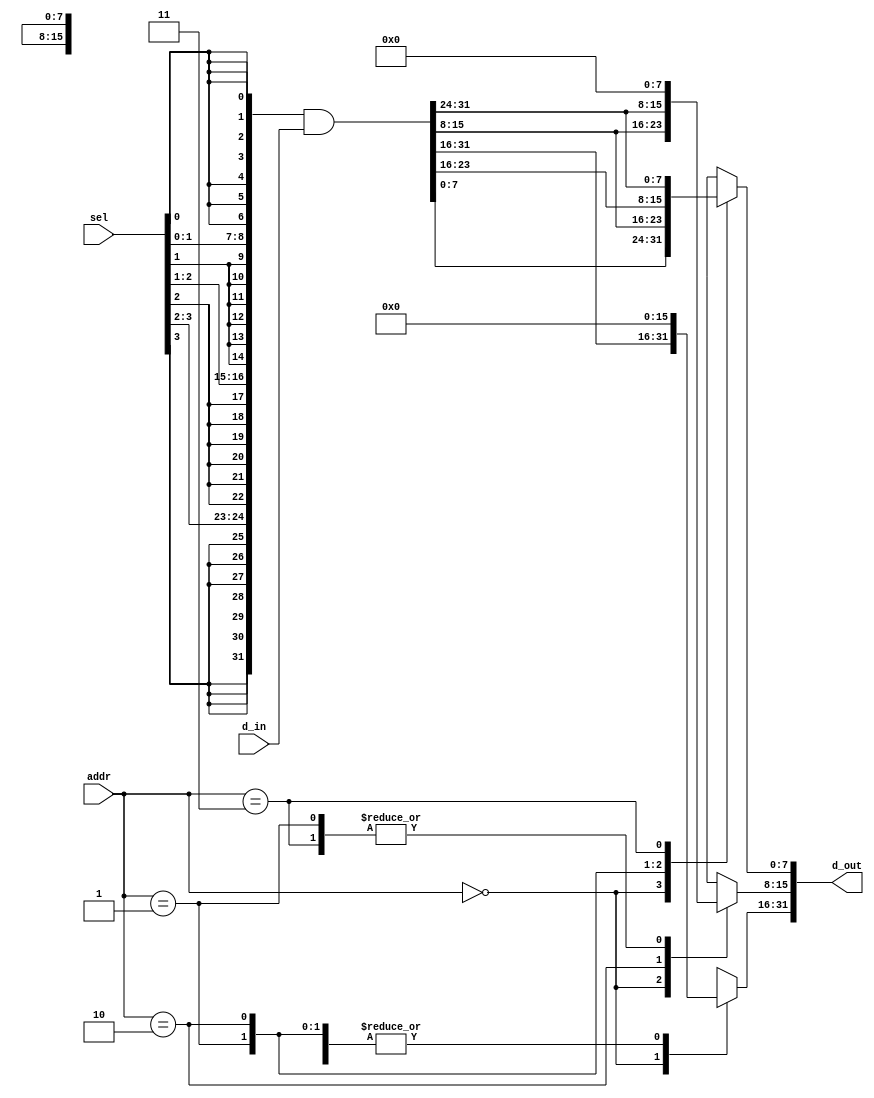
module d_in_ctrl(
	input      [3:0]  sel  ,
	input      [1:0]  addr ,
	input      [31:0] d_in ,
	output  reg[31:0] d_out
	);

	wire[31:0] d;
	assign d = {{8{sel[3]}},{8{sel[2]}},{8{sel[1]}},{8{sel[0]}}} & d_in;
	
	always @(*) begin
		d_out = 32'b0;
		case(addr)
			2'b00:
				d_out = d;
			2'b01:
				d_out[7:0] = d[15:8];
			2'b10:
				d_out[15:0] = d[31:16];
			2'b11:
				d_out[7:0] = d[31:24];
		endcase
	end	
endmodule